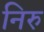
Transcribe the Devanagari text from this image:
निरु